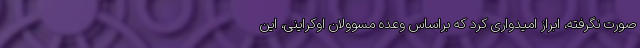
صورت نگرفته، ابراز امیدواری کرد که براساس وعده مسوولان اوکراینی، این